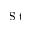
\textrm { S t }